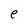
Character: e